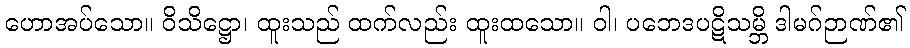
ဟောအပ်သော။ ဝိသိဋ္ဌော၊ ထူးသည် ထက်လည်း ထူးထသော။ ဝါ၊ ပဘေဒပဋိသမ္ဘိ ဒါမဂ်ဉာဏ်၏